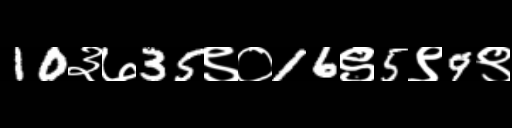
Text: 10३७35९०16९5९9९